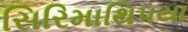
સિરિમાથિપયા